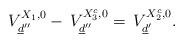
LaTeX: \begin{align*}\,V_{\underline{d}''}^{X_1,0}-\,V_{\underline{d}''}^{X_{3}^{c},0}=\,V_{\underline{d}'}^{X_{2}^{c},0}.\end{align*}